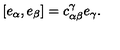
[ e _ { \alpha } , e _ { \beta } ] = c _ { \alpha \beta } ^ { \gamma } e _ { \gamma } .